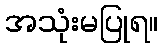
အသုံးမပြုရ။